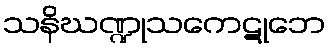
သနိဃဏ္ဍုသကေဋုဘေ